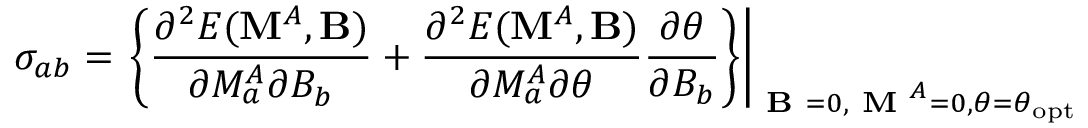
\sigma _ { a b } = \left. \left\{ \frac { \partial ^ { 2 } E ( \mathbf { M } ^ { A } , \mathbf { B } ) } { \partial M _ { a } ^ { A } \partial B _ { b } } + \frac { \partial ^ { 2 } E ( \mathbf { M } ^ { A } , \mathbf { B } ) } { \partial M _ { a } ^ { A } \partial \boldsymbol { \theta } } \frac { \partial \boldsymbol { \theta } } { \partial B _ { b } } \right\} \right| _ { \textbf { B } = 0 , \textbf { M } ^ { A } = 0 , \boldsymbol { \theta = \theta } _ { \mathrm { o p t } } }